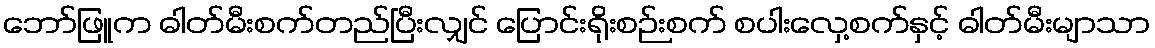
ဘော်ဖြူက ဓါတ်မီးစက်တည်ပြီးလျှင် ပြောင်းရိုးစဉ်းစက် စပါးလှေ့စက်နှင့် ဓါတ်မီးမျာသာ